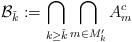
LaTeX: \begin{align*}\mathcal{B}_{\check{k}}:=\bigcap_{k\geq\check{k}}\bigcap_{m\in M'_k}A_m^c\end{align*}